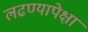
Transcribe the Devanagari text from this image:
लढण्यापेक्षा